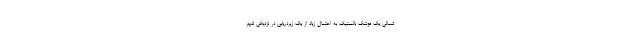
شمالی یک موشک بالستیک به احتمال زیاد از یک زیردریایی در نزدیکی شهر